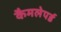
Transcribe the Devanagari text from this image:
कैमलेपर्ड